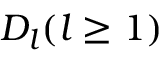
D _ { l } ( l \geq 1 )